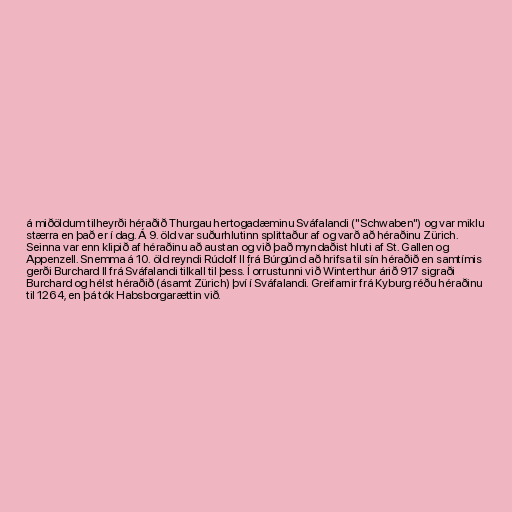
á miðöldum tilheyrði héraðið Thurgau hertogadæminu Sváfalandi ("Schwaben") og var miklu
stærra en það er í dag. Á 9. öld var suðurhlutinn splittaður af og varð að héraðinu Zürich.
Seinna var enn klipið af héraðinu að austan og við það myndaðist hluti af St. Gallen og
Appenzell. Snemma á 10. öld reyndi Rúdolf II frá Búrgúnd að hrifsa til sín héraðið en samtímis
gerði Burchard II frá Sváfalandi tilkall til þess. Í orrustunni við Winterthur árið 917 sigraði
Burchard og hélst héraðið (ásamt Zürich) því í Sváfalandi. Greifarnir frá Kyburg réðu héraðinu
til 1264, en þá tók Habsborgarættin við.